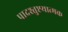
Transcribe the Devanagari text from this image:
पादश्तुष्टयात्मक